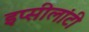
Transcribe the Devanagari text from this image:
इप्सीलांटी